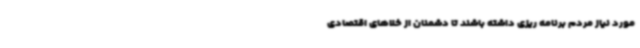
مورد نیاز مردم برنامه ریزی داشته باشند تا دشمنان از خلاهای اقتصادی